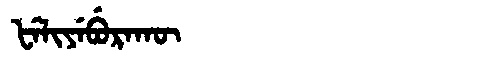
Manchu: ᡶᡝᠯᡳᠶᡝᠪᡠᡵᠠᡴᡡ
Romanization: FELIYEBURAKŪ